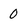
Character: 0